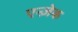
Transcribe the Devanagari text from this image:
एन्ज़ेक